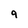
Character: 9